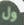
ول